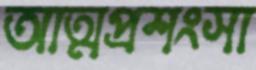
আত্মপ্রশংসা